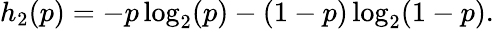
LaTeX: h_{2}(p)=-p\log_{2}(p)-(1-p)\log_{2}(1-p).